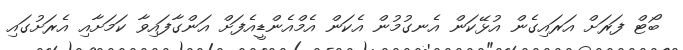
ބޯޓް ފަރަށް އަރައިގެން އުޅޭކަން އެނގުމުން އެކަން އެމްއެންޑީއެފަށް އަންގާފައިވާ ކަމަށާއި އެރަށުގައި